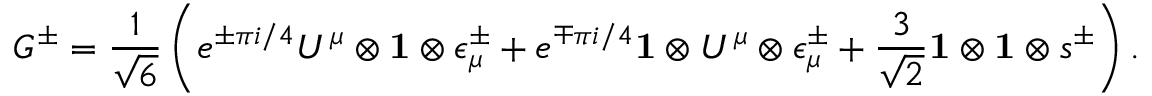
G ^ { \pm } = { \frac { 1 } { \sqrt 6 } } \left( e ^ { \pm \pi i / 4 } U ^ { \mu } \otimes { \bf 1 } \otimes \epsilon _ { \mu } ^ { \pm } + e ^ { \mp \pi i / 4 } { \bf 1 } \otimes U ^ { \mu } \otimes \epsilon _ { \mu } ^ { \pm } + { \frac { 3 } { \sqrt 2 } } { \bf 1 } \otimes { \bf 1 } \otimes s ^ { \pm } \right) .